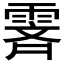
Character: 𬰁